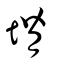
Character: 塉